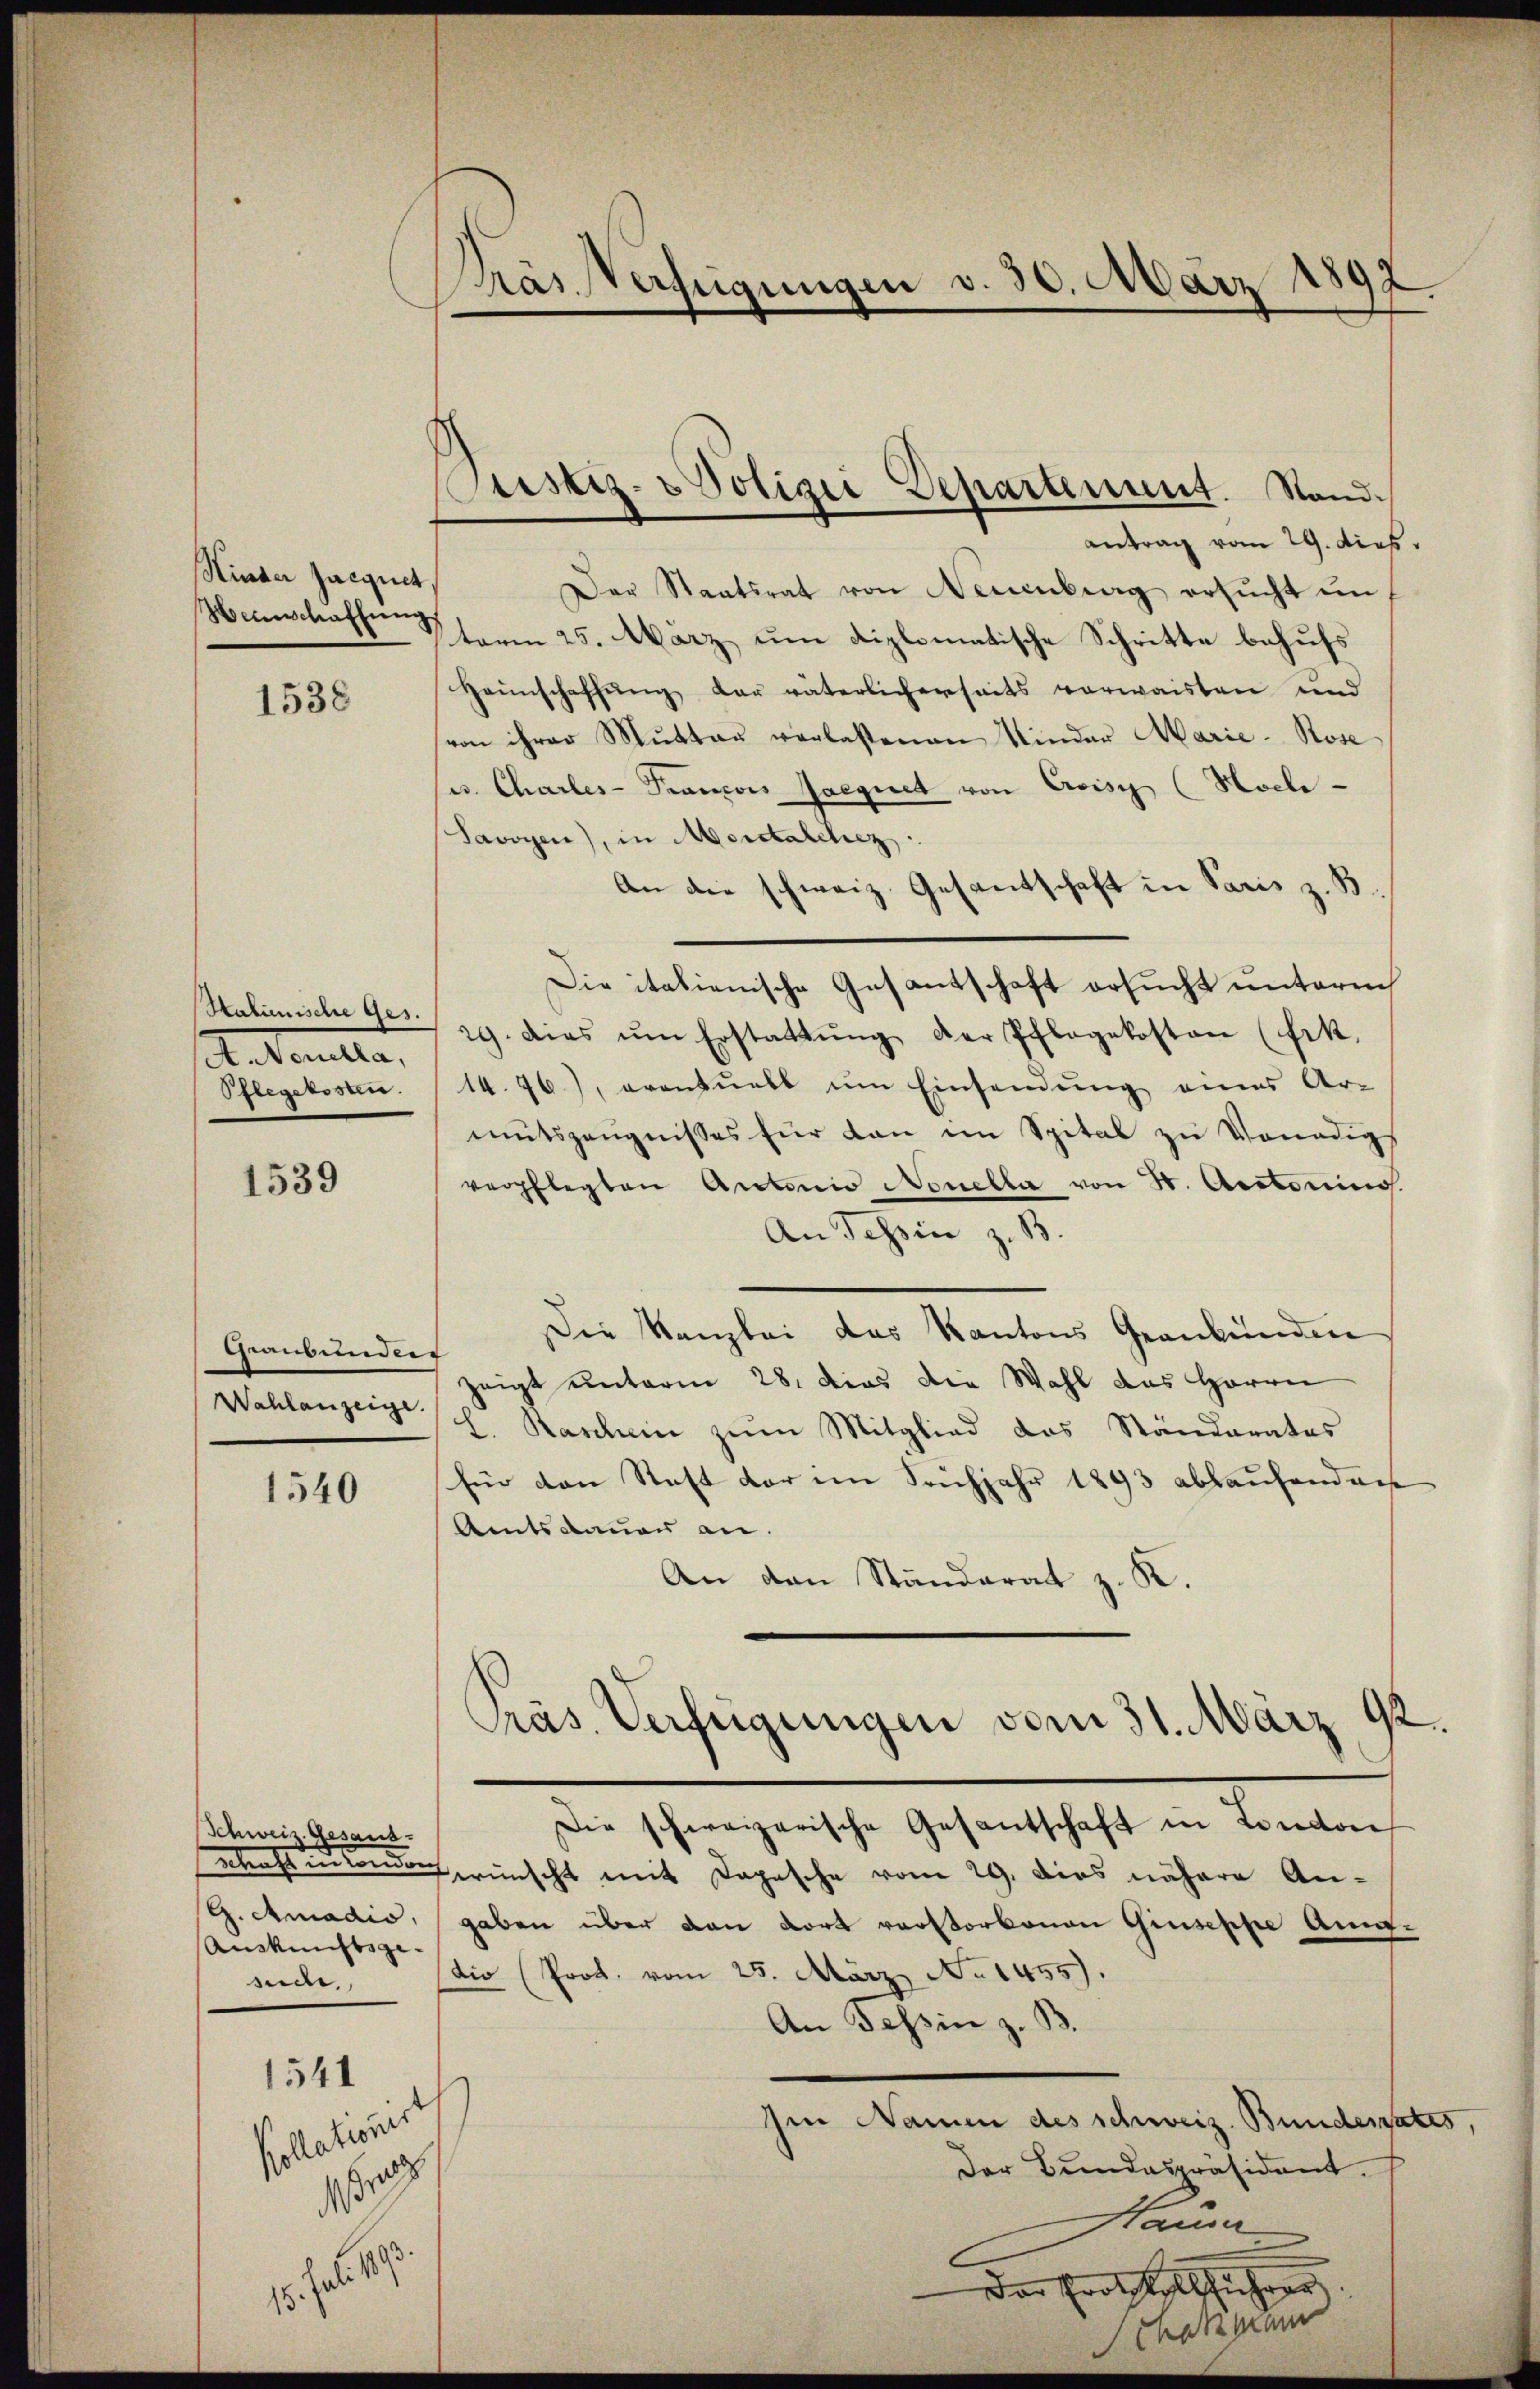
Hinder Jacquit,

1538

A. Novella,

1539

antrag vom 29. dies
Der Staatsrat von Neuenburg ersucht un¬
Menschaften vom 25. März um diplomatische Schritte behufs
Haunschaffung der väterlicherseits verwaisten und
von ihrer Mutter verlassenen Kinder Marie-Rose
e. Charles-Francois Gaegnet von Crisz (Hoch-
Savoyen), in Morctalchrez.
An die schweiz. Gesantschaft in Paris z. B.
Die italienische Gesantschaft ersucht unterm
Malienische Ges. 29. Dies ŭm Erstattŭng der Pflegekosten (fik.
Pflegekosten. (1476), eventuell um Einsendung eines Ar-
mutszeŭgnisses für dan im Spital zu Venadigs
verpflegten Antonio Nonella von 5. Auctorins
An Tessin z. B.
Die Kanzlei das Kantons Geankünden
Graubündet
zeigt unterm 28. dies die Wahl des Herrn
Wahlanzeigel. Raschein zum Mitglied das Ständerates
für den Staft der im Sonchjahr 1893 ablaufenden
1540
Amtsdauer an.
An den Ständerat z. K.
Präs. Verfügungen vom 31. März 92.
Die schweizerische Gesantschaft in London
Schweiz. Gesandrastinenden wünscht mit Depesche vom 29. Dies nähere An¬
G. Amadio, gaben über dan dort verstorbenen Giuseppe Am¬
Auskunftsgesuche, io (Prot. vom 25. März No 1455).
An Tessin z. B.
1541
Iin Namen des schweiz. Bunderates,
Polation.
Der Bundespräsident.
10
Haum
p.
Der Erotstaltschiehen

Das Verfügungen v. 30. März 1892

Pustiz-Polizei Departement. Stand.

pram